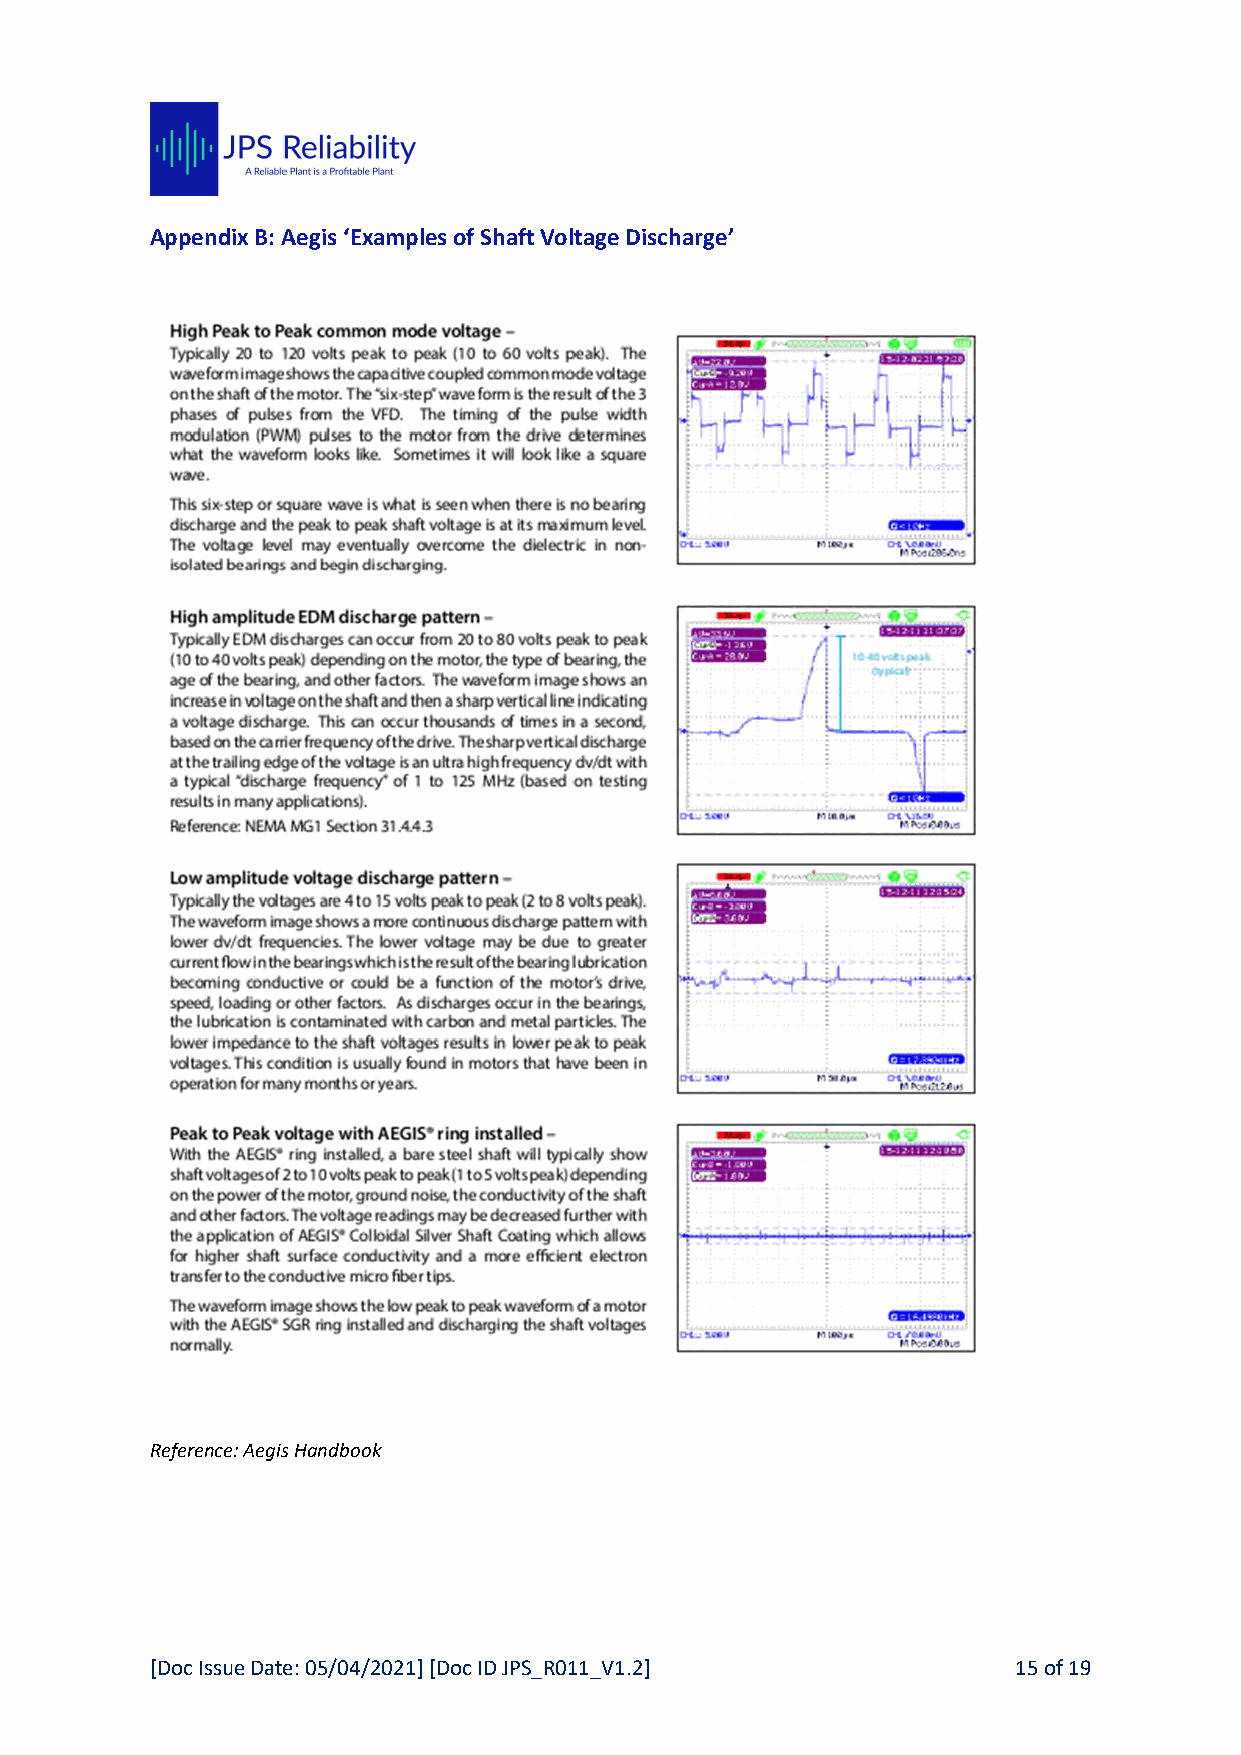
Appendix B: Aegis ‘Examples of Shaft Voltage Discharge’
 Reference: Aegis Handbook
 [Doc Issue Date: 05/04/2021] [Doc ID JPS_R011_V1.2]      15 of 19